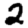
Digit: 2